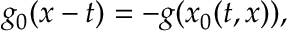
g _ { 0 } ( x - t ) = - g ( x _ { 0 } ( t , x ) ) ,